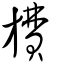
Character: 𪰂